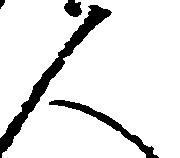
人